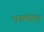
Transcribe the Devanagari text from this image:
एडमोरोब